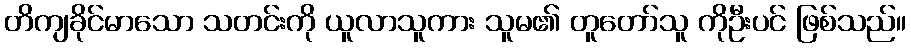
တိကျခိုင်မာသော သတင်းကို ယူလာသူကား သူမ၏ တူတော်သူ ကိုဦးပင် ဖြစ်သည်။